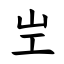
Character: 㞬